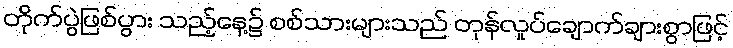
တိုက်ပွဲဖြစ်ပွား သည့်နေ့၌ စစ်သားများသည် တုန်လှုပ်ချောက်ချားစွာဖြင့်